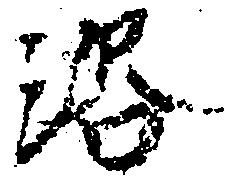
洛